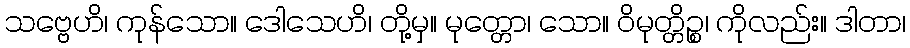
သဗ္ဗေဟိ၊ ကုန်သော။ ဒေါသေဟိ၊ တို့မှ။ မုတ္တော၊ သော။ ဝိမုတ္တိဉ္စ၊ ကိုလည်း။ ဒါတာ၊